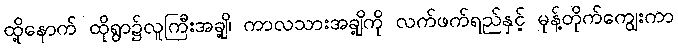
ထို့နောက် ထိုရွာ၌လူကြီးအချို့၊ ကာလသားအချို့ကို လက်ဖက်ရည်နှင့် မုန့်တိုက်ကျွေးကာ